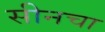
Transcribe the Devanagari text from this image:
सीनचा